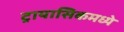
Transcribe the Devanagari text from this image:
ट्रायासिकमध्ये